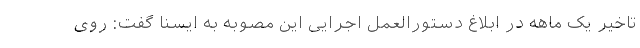
تاخیر یک ماهه در ابلاغ دستورالعمل اجرایی این مصوبه به ایسنا گفت: روی